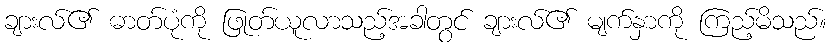
ချားလ်၏ ဓာတ်ပုံကို ဖြုတ်ယူလာသည့်အခါတွင် ချားလ်၏ မျက်နှာကို ကြည့်မိသည်။